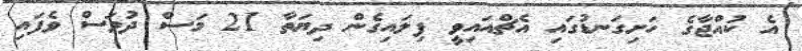
އެ ކުއްޖާގެ ހަށިގަނޑުގައި އެޗްއައިވީ ފިލައިގެން ދިޔަތާ 21 މަސް ދުވަސް ވެފައި